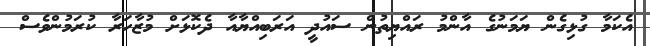
އެކަމާ ގުޅިގެން ޔަމަނުގެ އާންމު ރައްޔިތުން ސައުދީ އަރަބިއްޔާއާ ދެކޮޅަށް މުޒާހަރާ ކުރަމުންވެސް